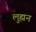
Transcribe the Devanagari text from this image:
लुह्मन